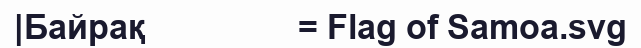
|Байрақ                 = Flag of Samoa.svg